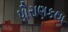
પૌરાણકથા